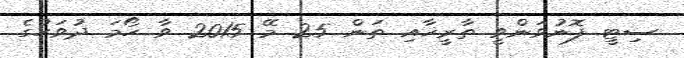
ސިޓީ ފޮނުވަންވީ ތާރީޚާއި ތަން 25 މޭ 2015 ވާ ހޯމަ ދުވަހުގެ